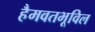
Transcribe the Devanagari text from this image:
हैमवतभूविल